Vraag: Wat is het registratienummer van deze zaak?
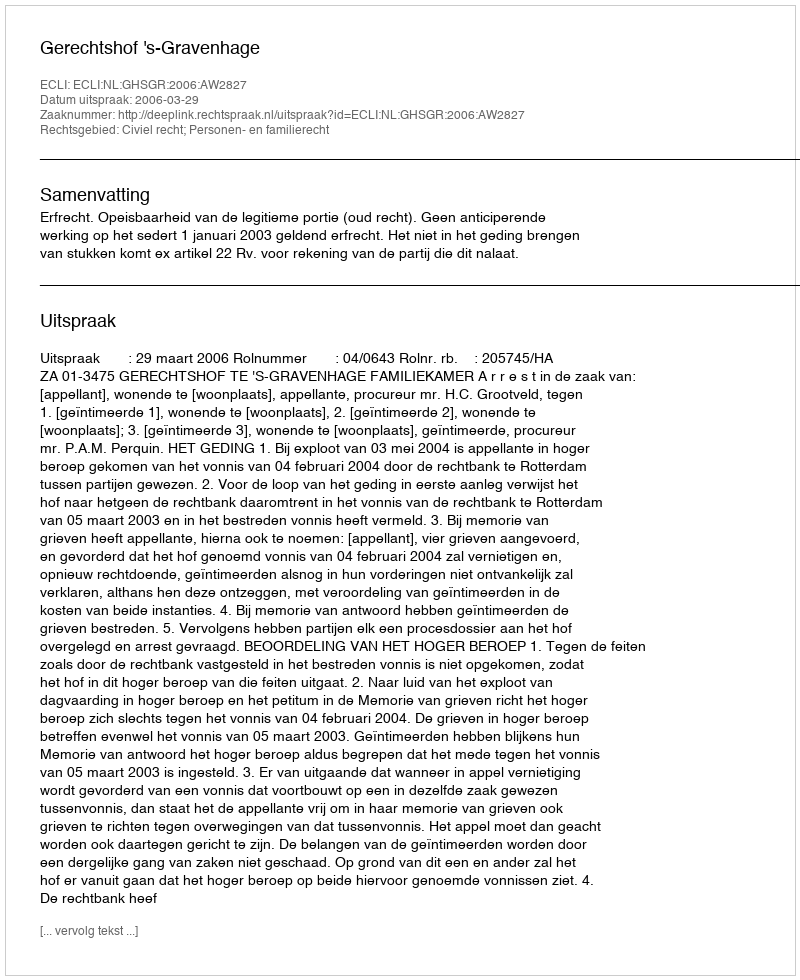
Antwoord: http://deeplink.rechtspraak.nl/uitspraak?id=ECLI:NL:GHSGR:2006:AW2827